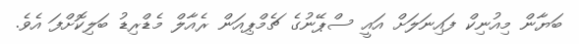
ބަޔާން މިއުނިކް ފައިނަލަށް އައީ ސްޕޭނުގެ ޗެމްޕިއަން ރެއާލް މެޑްރިޑު ބަލިކޮށްފަ އެވެ.